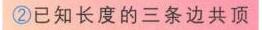
\textcircled{2}已知长度的三条边共顶